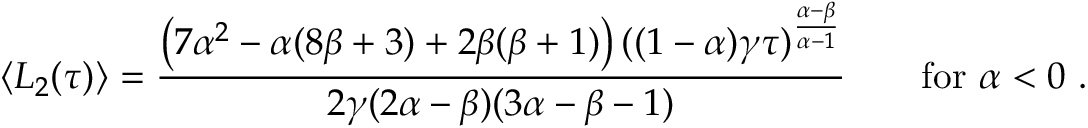
\langle L _ { 2 } ( \tau ) \rangle = \frac { \left( 7 \alpha ^ { 2 } - \alpha ( 8 \beta + 3 ) + 2 \beta ( \beta + 1 ) \right) ( ( 1 - \alpha ) \gamma \tau ) ^ { \frac { \alpha - \beta } { \alpha - 1 } } } { 2 \gamma ( 2 \alpha - \beta ) ( 3 \alpha - \beta - 1 ) } \qquad \mathrm { f o r } \ \alpha < 0 \ .